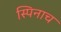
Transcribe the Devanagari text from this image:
स्पिनाच